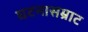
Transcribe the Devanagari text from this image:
घटनासम्राट